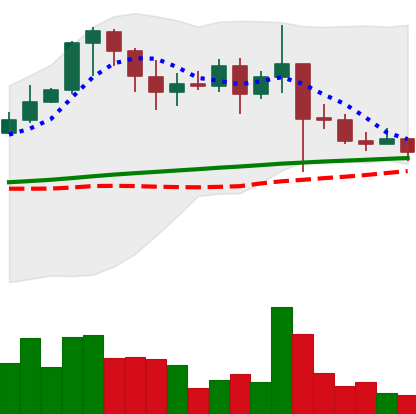
Ticker: XRP-USD
Chart end date: 2021-02-28
Forward return: 10.403%
Label: up_7plus